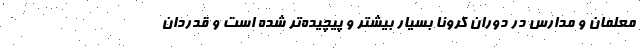
معلمان و مدارس در دوران کرونا بسیار بیشتر و پیچیده‌تر شده است و قدردان